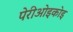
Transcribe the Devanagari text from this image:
पेरीओइकोइ